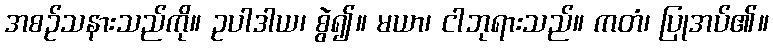
အစဉ်သနားသည်ကို။ ဥပါဒါယ၊ စွဲ၍။ မယာ၊ ငါဘုရားသည်။ ကတံ၊ ပြုအပ်၏။